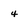
Character: 4